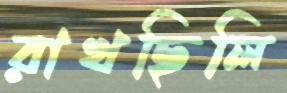
রাখছিলি